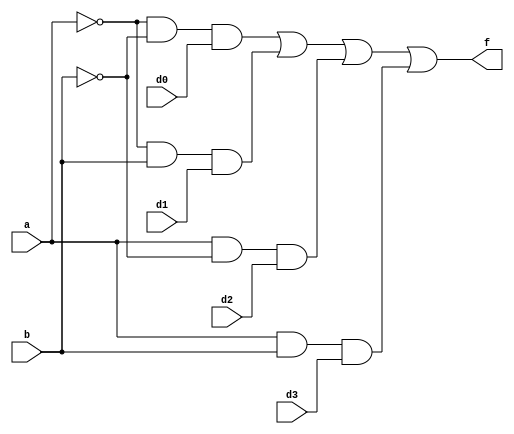
`timescale 1ns / 1ps
//////////////////////////////////////////////////////////////////////////////////
// Company: 
// Engineer: 
// 
// Design Name: 
// Module Name:    four_one 
// Project Name: 
// Target Devices: 
// Tool versions: 
// Description: 
//
// Dependencies: 
//
// Revision: 
// Revision 0.01 - File Created
// Additional Comments: 
//
//////////////////////////////////////////////////////////////////////////////////
module four_one(a, b, d0, d1, d2, d3, f
    );
	 input a, b, d0, d1, d2, d3;
	 output f;
	 assign f = ~a&~b&d0 | ~a&b&d1 | a&~b&d2 | a&b&d3;
endmodule